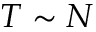
T \sim N